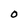
Character: O